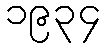
၁၉၃၄